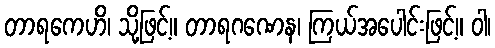
တာရကေဟိ၊ သို့ဖြင့်။ တာရဂဏေန၊ ကြယ်အပေါင်းဖြင့်။ ဝါ၊